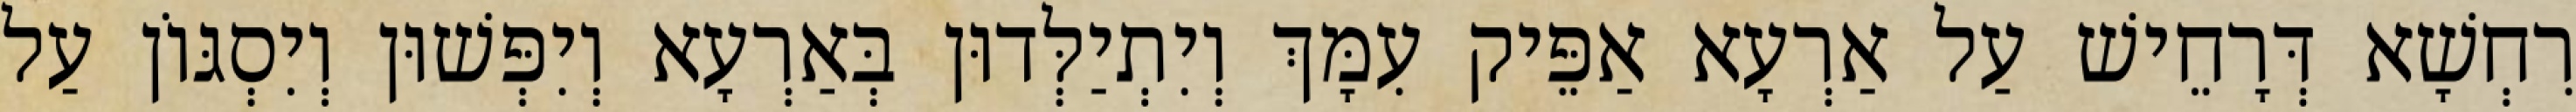
רִחְשָׁא דְּרָחֵישׁ עַל אַרְעָא אַפֵּיק עִמָּךְ וְיִתְיַלְּדוּן בְּאַרְעָא וְיִפְּשׁוּן וְיִסְגּוֹן עַל